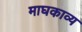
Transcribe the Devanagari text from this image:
माघकाव्य